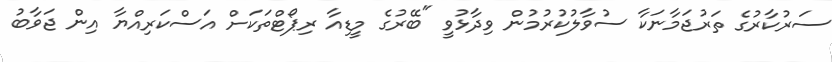
ސަރުކާރުގެ ތަރުޖަމާނަކާ ސުވާލުކުރުމުން ވިދާޅުވީ "ބޭރުގެ މީޑިއާ ރިޕޯޓްތަކަށް އަސްކަރިއްޔާ އިން ޖަވާބު